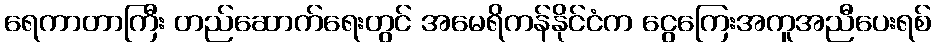
ရေကာတာကြီး တည်ဆောက်ရေးတွင် အမေရိကန်နိုင်ငံက ငွေကြေးအကူအညီပေးရစ်